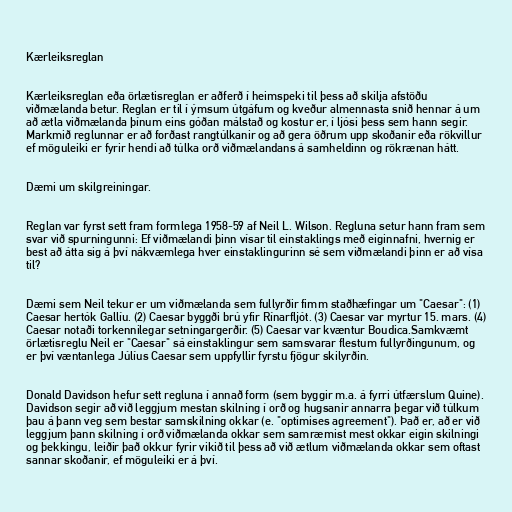
Kærleiksreglan

Kærleiksreglan eða örlætisreglan er aðferð í heimspeki til þess að skilja afstöðu
viðmælanda betur. Reglan er til í ýmsum útgáfum og kveður almennasta snið hennar á um
að ætla viðmælanda þínum eins góðan málstað og kostur er, í ljósi þess sem hann segir.
Markmið reglunnar er að forðast rangtúlkanir og að gera öðrum upp skoðanir eða rökvillur
ef möguleiki er fyrir hendi að túlka orð viðmælandans á samheldinn og rökrænan hátt.

Dæmi um skilgreiningar.

Reglan var fyrst sett fram formlega 1958-59 af Neil L. Wilson. Regluna setur hann fram sem
svar við spurningunni: Ef viðmælandi þinn vísar til einstaklings með eiginnafni, hvernig er
best að átta sig á því nákvæmlega hver einstaklingurinn sé sem viðmælandi þinn er að vísa
til?

Dæmi sem Neil tekur er um viðmælanda sem fullyrðir fimm staðhæfingar um "Caesar": (1)
Caesar hertók Gallíu. (2) Caesar byggði brú yfir Rínarfljót. (3) Caesar var myrtur 15. mars. (4)
Caesar notaði torkennilegar setningargerðir. (5) Caesar var kvæntur Boudica.Samkvæmt
örlætisreglu Neil er "Caesar" sá einstaklingur sem samsvarar flestum fullyrðingunum, og
er því væntanlega Júlíus Caesar sem uppfyllir fyrstu fjögur skilyrðin.

Donald Davidson hefur sett regluna í annað form (sem byggir m.a. á fyrri útfærslum Quine).
Davidson segir að við leggjum mestan skilning í orð og hugsanir annarra þegar við túlkum
þau á þann veg sem bestar samskilning okkar (e. "optimises agreement"). Það er, að er við
leggjum þann skilning í orð viðmælanda okkar sem samræmist mest okkar eigin skilningi
og þekkingu, leiðir það okkur fyrir vikið til þess að við ætlum viðmælanda okkar sem oftast
sannar skoðanir, ef möguleiki er á því.